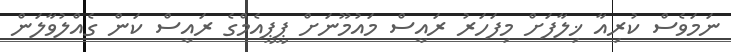
ނަމަވެސް ކުރިއާ ޚިލާފަށް މިފަހަރު ރައީސް މައުމޫނަށް ޕީޕީއެމްގެ ރައީސް ކަން ގެއްލުވާލަން